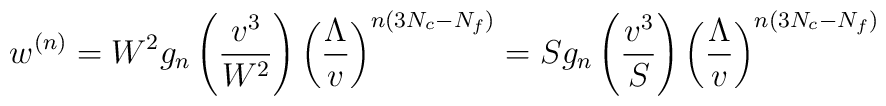
w^{(n)}=  W^2 g_n\left(\frac{v^3}{W^2}\right)\left(\frac{\Lambda}{v}\right)^{n(3N_c-N_f)}=  S g_n\left(\frac{v^3}{S}\right)\left(\frac{\Lambda}{v}\right)^{n(3N_c-N_f)}